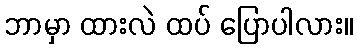
ဘာမှာ ထားလဲ ထပ် ပြောပါလား။